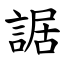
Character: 䛯